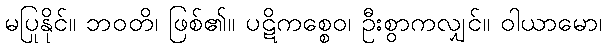
မပြုနိုင်။ ဘဝတိ၊ ဖြစ်၏။ ပဋိကစ္စေဝ၊ ဦးစွာကလျှင်။ ဝါယာမော၊